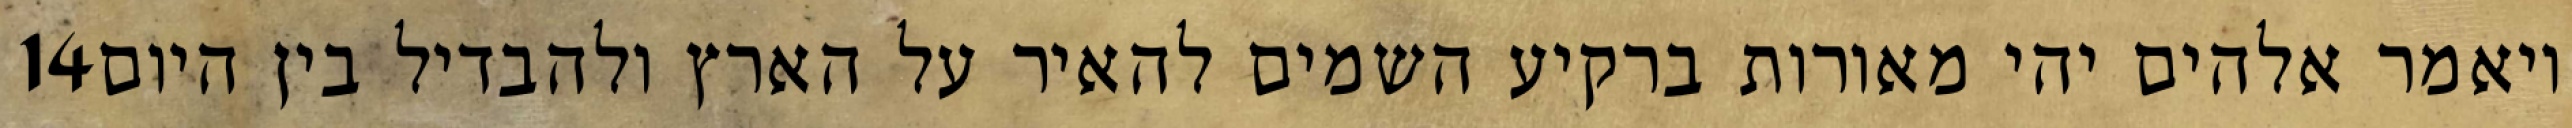
‎14‏ ויאמר אלהים יהי מאורות ברקיע השמים להאיר על הארץ ולהבדיל בין היום